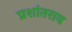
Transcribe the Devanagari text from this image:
प्रशांतराव